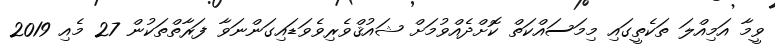
ވީމާ އަމިއްލަ ތަކެތީގައި މިމަސައްކަތް ކޮށްދެއްވުމަށް ޝައުޤްވެރިވެވަޑައިގަންނަވާ ފަރާތްތަކުން 27 މެއި 2019